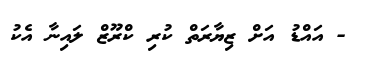
- އައްޑު އަށް ޒިޔާރަތް ކުރި ކްރޫޒް ލައިނާ އެކު